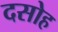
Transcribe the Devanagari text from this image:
दसोह